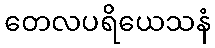
တေလပရိယေသနံ